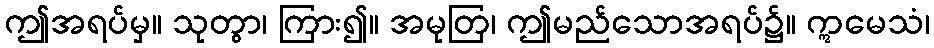
ဤအရပ်မှ။ သုတွာ၊ ကြား၍။ အမုတြ၊ ဤမည်သောအရပ်၌။ ဣမေသံ၊